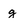
Character: g